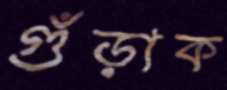
গুঁড়াক